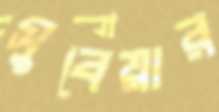
সুবেয়ার